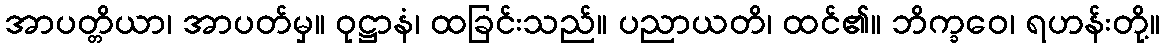
အာပတ္တိယာ၊ အာပတ်မှ။ ဝုဋ္ဌာနံ၊ ထခြင်းသည်။ ပညာယတိ၊ ထင်၏။ ဘိက္ခဝေ၊ ရဟန်းတို့။